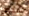
شخص